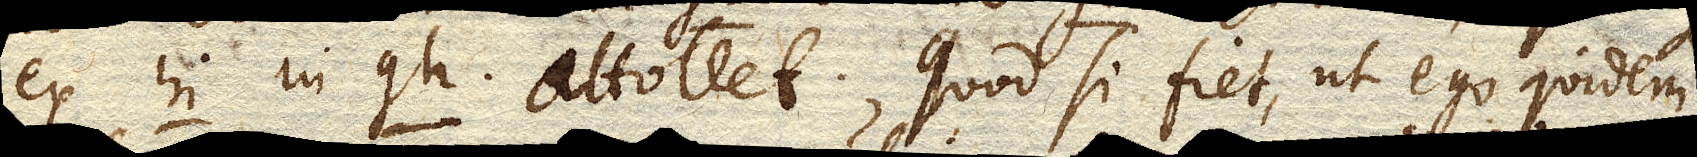
ex hi. gi. in gh. attollet. Quod si fiet, ut ego quidem